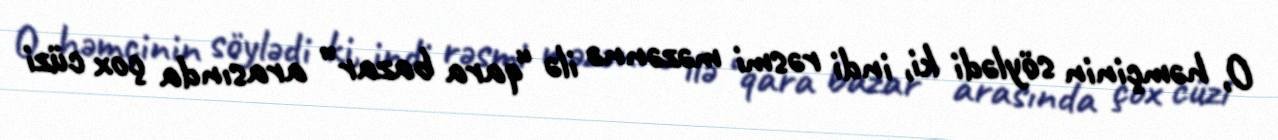
O, həmçinin söylədi ki, indi rəsmi məzənnə ilə “qara bazar” arasında çox cüzi